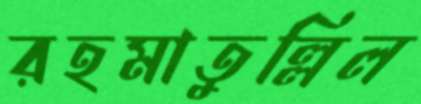
রহমাতুল্লিল